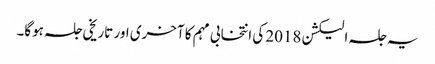
یہ جلسہ الیکشن 2018 کی انتخابی مہم کا آخری اور تاریخی جلسہ ہوگا۔